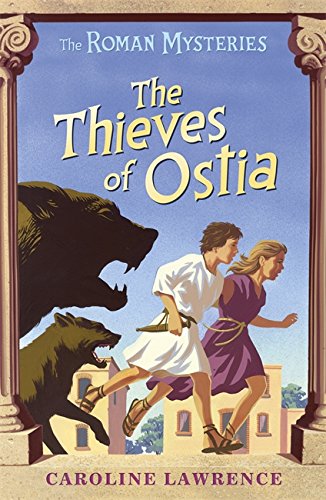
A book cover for The Thieves of Ostia (The Roman Mysteries); Caroline Lawrence; Teen & Young Adult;